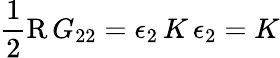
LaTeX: \frac{1}{2}\operatorname{R}G_{22}=\epsilon_{2}\, K\, \epsilon_{2}=K